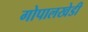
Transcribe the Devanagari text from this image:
गोपालखेडी